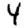
Digit: 4